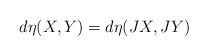
\begin{align*} d\eta(X,Y)=d\eta(JX,JY)\end{align*}